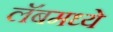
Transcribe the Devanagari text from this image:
लॅबमध्ये